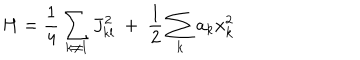
H = { \frac { 1 } { 4 } } \sum _ { k \neq l } J _ { k l } ^ { 2 } ~ + ~ { \frac { 1 } { 2 } } \sum _ { k } a _ { k } x _ { k } ^ { 2 }